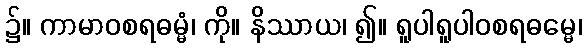
၌။ ကာမာဝစရဓမ္မံ၊ ကို။ နိဿာယ၊ ၍။ ရူပါရူပါဝစရဓမ္မေ၊